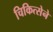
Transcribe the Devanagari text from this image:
चिकित्सेने